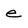
Character: e